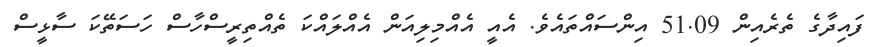
ފައިދާގެ ތެރެއިން 51.09 އިންސައްތައެވެ. އެއީ އެއްމިލިއަން އެއްލައްކަ ތެއްތިރީސްހާސް ހަސަތޭކަ ސާޅީސް